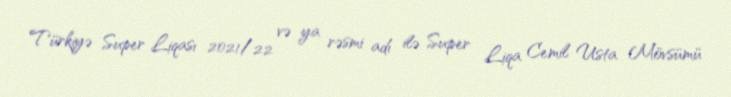
Türkiyə Super Liqası 2021/22 və ya rəsmi adı ilə Super Liqa Cemil Usta Mövsümü